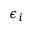
\epsilon _ { i }